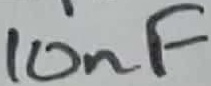
Text: 10nF